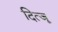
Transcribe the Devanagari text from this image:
दित्जू